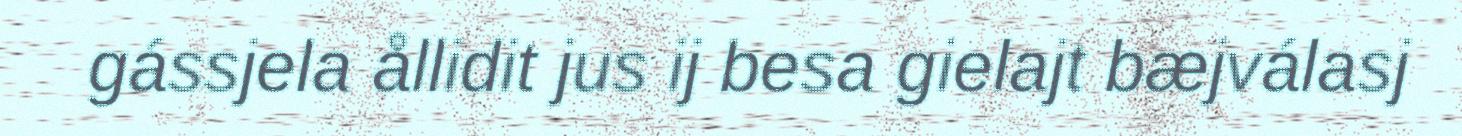
gássjela ållidit jus ij besa gielajt bæjválasj